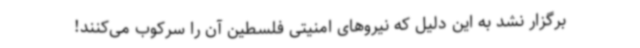
برگزار نشد به این دلیل که نیروهای امنیتی فلسطین آن را سرکوب می‌کنند!